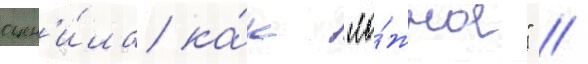
оцен'и́ла ка́к "ло́жное" //